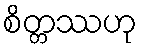
စိတ္တဿဟု